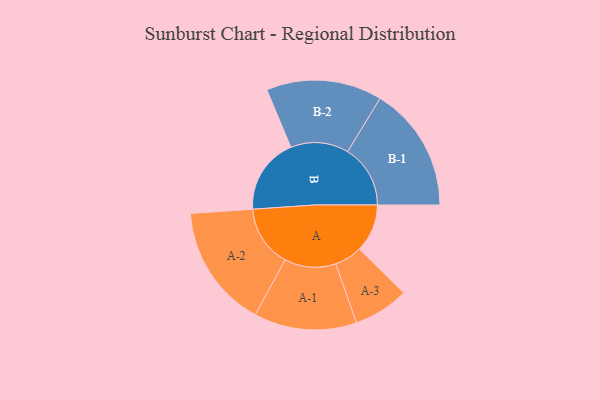
{"axis": {"x": "Segment", "y": "Value"}, "legend": ["", "A", "B"], "data": [{"x": "A", "y": 206, "type": ""}, {"x": "B", "y": 328, "type": ""}, {"x": "A-1", "y": 221, "type": "A"}, {"x": "A-2", "y": 265, "type": "A"}, {"x": "A-3", "y": 119, "type": "A"}, {"x": "B-1", "y": 270, "type": "B"}, {"x": "B-2", "y": 249, "type": "B"}]}